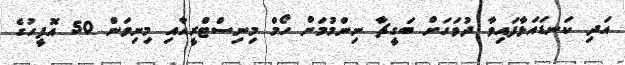
އަދި ކަނޑައަޅާފައިވާ ދުވަހަށް ބަގީޗާ ނިންމުމަށް ހޯމް މިނިސްޓްރީއާއި މިނިވަން 50 އޮފީހުގެ